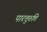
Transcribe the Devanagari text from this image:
पारत्तुरुत्ति